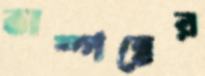
সম্পন্নের